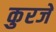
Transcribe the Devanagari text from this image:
कुरजे